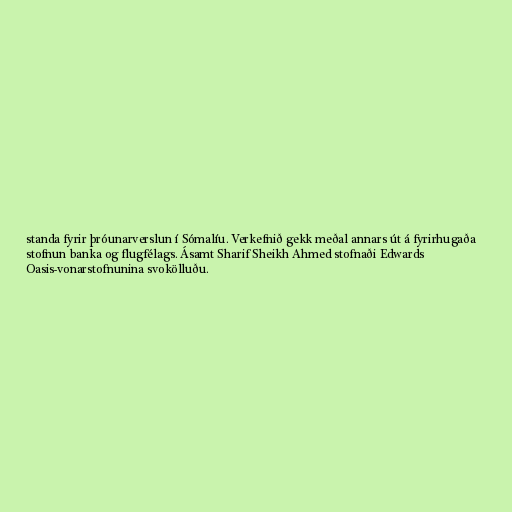
standa fyrir þróunarverslun í Sómalíu. Verkefnið gekk meðal annars út á fyrirhugaða
stofnun banka og flugfélags. Ásamt Sharif Sheikh Ahmed stofnaði Edwards
Oasis-vonarstofnunina svokölluðu.